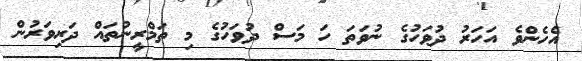
އެހެންވެ އަހަރު ދުވަހުގެ ނުވަތަ ހަ މަސް ދުވަހުގެ މި ތަމްރީނުތައް ދަރިވަރުން